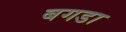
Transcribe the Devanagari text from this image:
बगडा